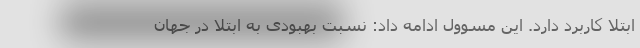
ابتلا کاربرد دارد. این مسوول ادامه داد: نسبت بهبودی به ابتلا در جهان